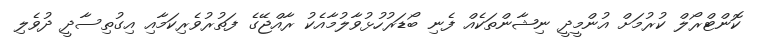
ކޮންޓްރޯލް ކުރުމަށް އުންމީދީ ނިޝާންތަކެއް ފެނި ބޯޑަރުހުޅުވާލުމާއެކު ރާއްޖޭގެ ފަތުރުވެރިކަމާއި އިގުތިސާދީ ދުވެލި